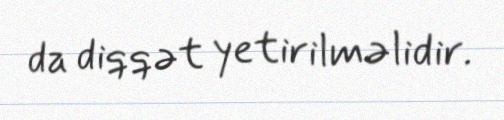
da diqqət yetirilməlidir.